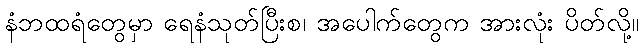
နံဘထရံတွေမှာ ရေနံသုတ်ပြီးစ၊ အပေါက်တွေက အားလုံး ပိတ်လို့။